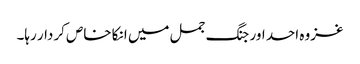
غزوہ احد اور جنگ جمل میں انکا خاص کردار رہا۔